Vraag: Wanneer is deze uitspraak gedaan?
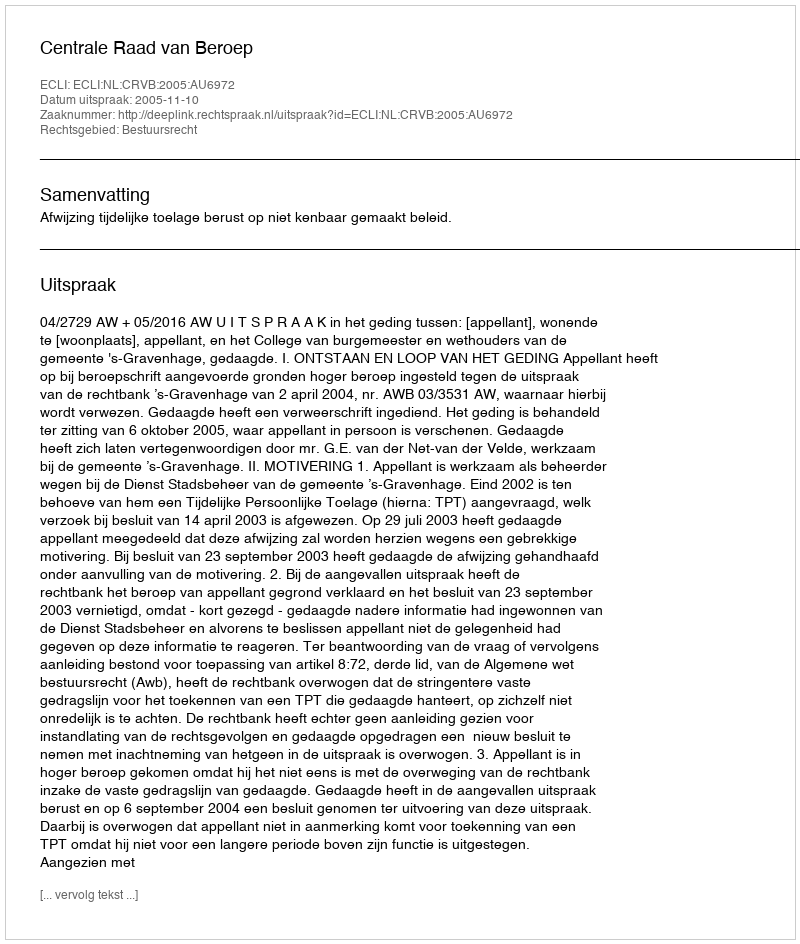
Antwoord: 2005-11-10